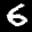
Label: 6